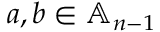
a , b \in \mathbb { A } _ { n - 1 }